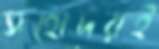
সহোদরই